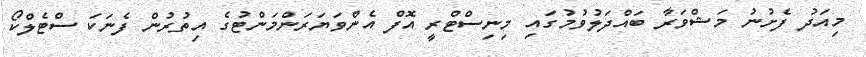
މިއަދު ފެށުނު މަޝްވަރާ ބައްދަލުވުމުގައި މިނިސްޓްރީ އޮފް އެންވަޔަރަންމަންޓުގެ އިތުރުން ފެނަކަ ސްޓެލްކޯ